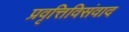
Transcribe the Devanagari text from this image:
प्रवृत्तिविसंवाद